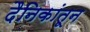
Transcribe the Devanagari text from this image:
दैनिकांतून